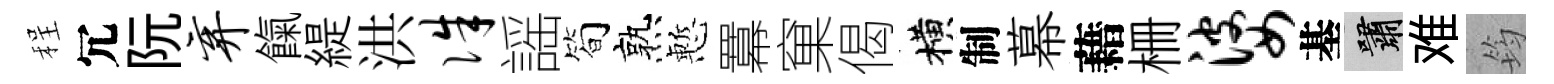
程冗阮弃餼緹洪侏謡简熟慙羃窠偈横制幕藉栅婆基嘯难筠